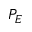
P _ { E }